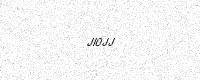
Text: JI0JJ